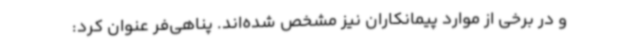
و در برخی از موارد پیمانکاران نیز مشخص شده‌اند. پناهی‌فر عنوان کرد: